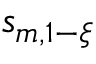
s _ { m , 1 - \xi }